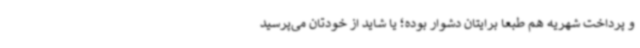
و پرداخت شهریه هم طبعاً برایتان دشوار بوده؛ یا شاید از خودتان می‌پرسید